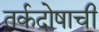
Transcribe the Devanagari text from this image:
तर्कदोषाची